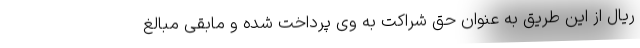
ریال از این طریق به عنوان حق شراکت به وی پرداخت شده و مابقی مبالغ